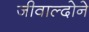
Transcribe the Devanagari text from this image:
जीवाल्दोने